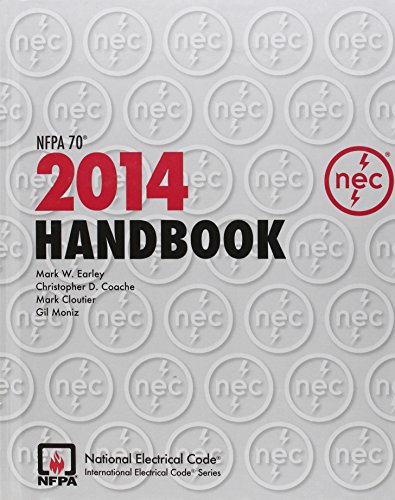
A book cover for National Electrical Code Handbook 2014; Engineering & Transportation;